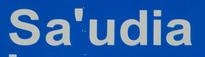
sa'udia